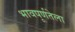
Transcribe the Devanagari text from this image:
भावपूर्णतेला